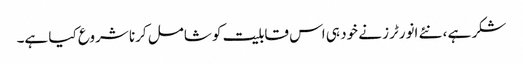
شکر ہے ، نئے انورٹرز نے خود ہی اس قابلیت کو شامل کرنا شروع کیا ہے۔